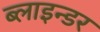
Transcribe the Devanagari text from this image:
ब्लाइन्डर